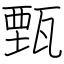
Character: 甄